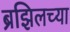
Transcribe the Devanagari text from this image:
ब्रझिलच्या